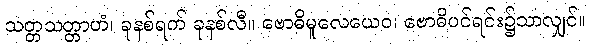
သတ္တသတ္တာဟံ၊ ခုနစ်ရက် ခုနစ်လီ။ ဗောဓိမူလေယေဝ၊ ဗောဓိပင်ရင်း၌သာလျှင်။